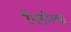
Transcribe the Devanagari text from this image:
रैनडोल्फ